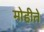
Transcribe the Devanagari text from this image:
मोहीते